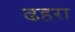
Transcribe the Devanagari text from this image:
ढहरा